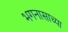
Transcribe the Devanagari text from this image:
भगनासाच्या